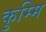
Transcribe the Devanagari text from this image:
कुम्मि